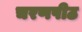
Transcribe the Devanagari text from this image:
चरणपीठ